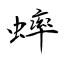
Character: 蟀